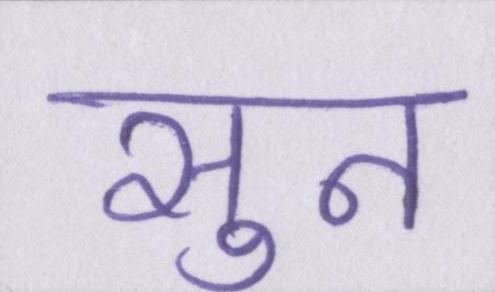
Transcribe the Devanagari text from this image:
सुन